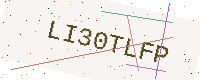
Text: LI30TLFP